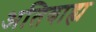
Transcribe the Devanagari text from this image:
अतिबाह्य